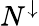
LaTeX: N^{\downarrow}